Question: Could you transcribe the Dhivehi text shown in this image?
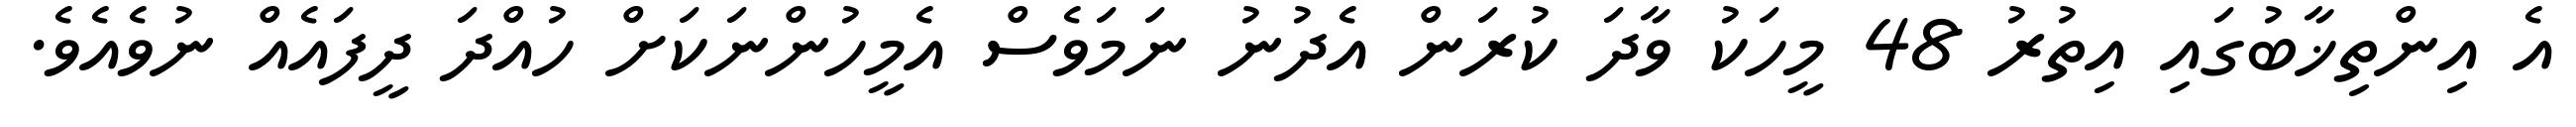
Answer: އެ އިންތިޚާބުގައި އިތުރު 48 މީހަކު ވާދަ ކުރަން އެދުނު ނަމަވެސް އެމީހުންނަކަށް ހުއްދަ ދީފައެއް ނުވެއެވެ.